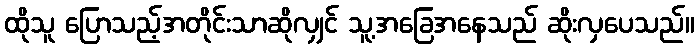
ထိုသူ ပြောသည့်အတိုင်းသာဆိုလျှင် သူ့အခြေအနေသည် ဆိုးလှပေသည်။